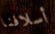
أسلافنا